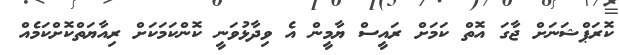
ކޮރަޕްޝަނަށް ޖާގަ އޮތް ކަމަށް ރައީސް ޔާމީން އެ ވިދާޅުވަނީ ކޮންކަމަކަށް ރިއާޔަތްކޮށްކަމެއް